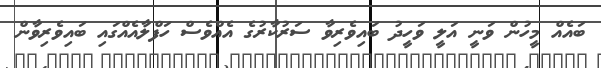
ބައެއް މީހުން ވަނީ އަލީ ވަހީދު ބައިވެރިވާ ސަރުކާރުގެ އެއްވެސް ހަފްލާއެއްގައި ބައިވެރިވާން